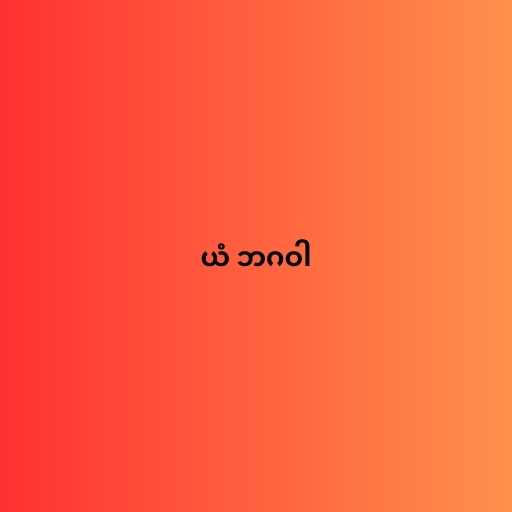
ယံ ဘဂဝါ